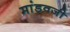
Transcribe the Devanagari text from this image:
मांडवजी